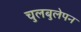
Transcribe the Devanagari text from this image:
चुलबुलेपन